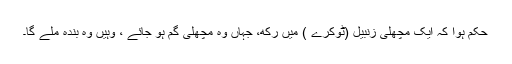
حکم ہوا کہ ایک مچھلی زنبیل (ٹوکرے ) میں رکھ، جہاں وہ مچھلی گم ہو جائے ، وہیں وہ بندہ ملے گا۔